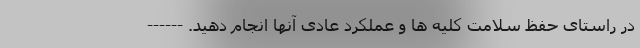
در راستای حفظ سلامت کلیه ها و عملکرد عادی آنها انجام دهید. ------